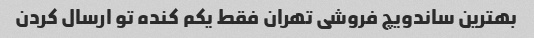
بهترین ساندویچ فروشی تهران فقط یکم کنده تو ارسال کردن